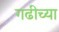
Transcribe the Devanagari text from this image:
गढीच्या